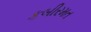
કબીરમત